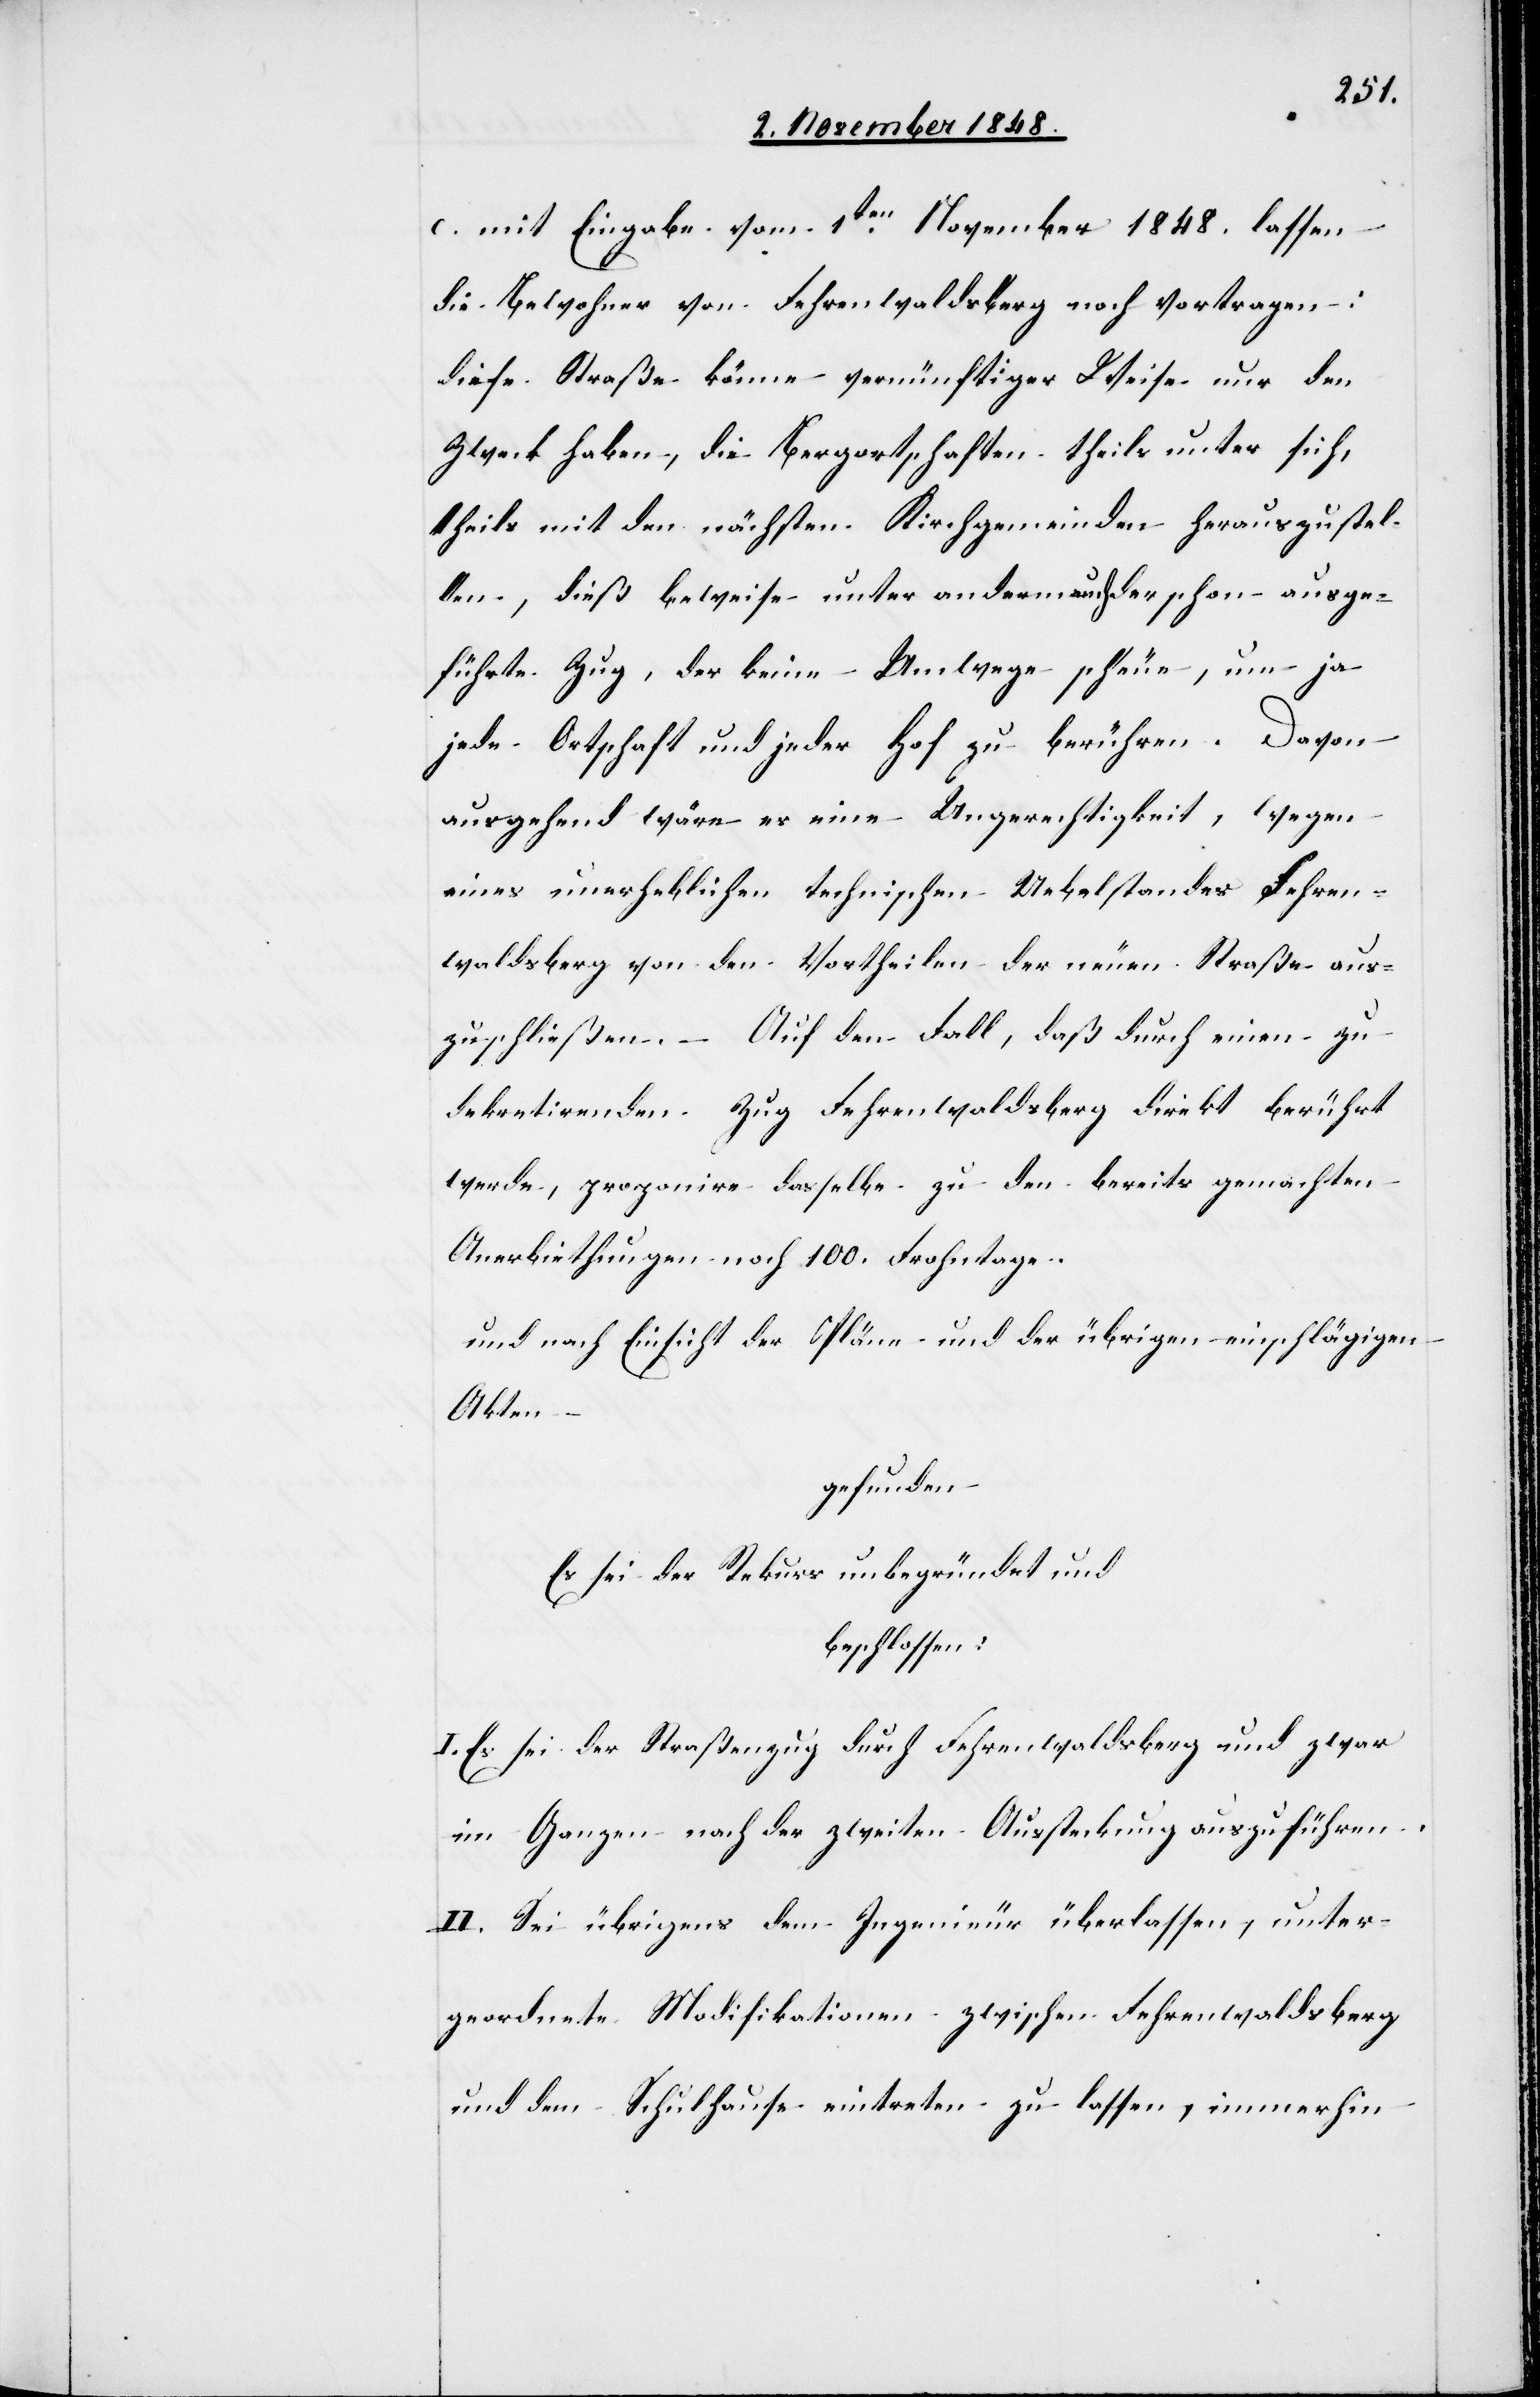
c. mit Eingabe vom 1ten November 1848. lassen
die Bewohner von Fehrenwaldsberg noch vortragen:
diese Straße könne vernünftiger Weise nur den
Zweck haben, die Bergortschaften theils unter sich,
theils mit den nächsten Kirchgemeinden herauszustel¬
len, dieß beweise unter anderm auch der schon ausge¬
führte Zug, der keine Umwege scheue, um ja
jede Ortschaft und jeder Hof zu berühren [sic!]. Davon
ausgehend wäre es eine Ungerechtigkeit, wegen
eines unerheblichen technischen Uebelstandes Fehren¬
waldsberg von den Vortheilen der neuen Straße aus¬
zuschließen. – Auf den Fall, daß durch einen zu
dekretirenden Zug Fehrenwaldsberg direkt berührt
werde, proponire dasselbe zu den bereits gemachten
Anerbiethungen noch 100. Frohntage.
und nach Einsicht der Pläne und der übrigen einschlägigen
Akten
gefunden
Es sei der Rekurs unbegründet und
beschlossen:
I. Es sei der Straßenzug durch Fehrenwaldsberg und zwar
im Ganzen nach der zweiten Aussteckung auszuführen.
II. Sei übrigens dem Ingenieur überlassen, unter¬
geordnete Modifikationen zwischen Fehrenwaldsberg
und dem Schulhause eintreten zu lassen, immerhin